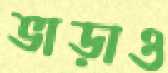
ভাড়াও